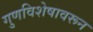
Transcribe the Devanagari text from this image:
गुणविशेषावरून